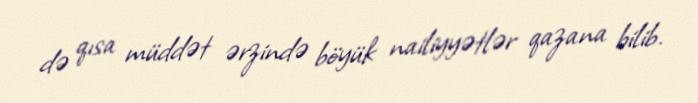
də qısa müddət ərzində böyük nailiyyətlər qazana bilib.